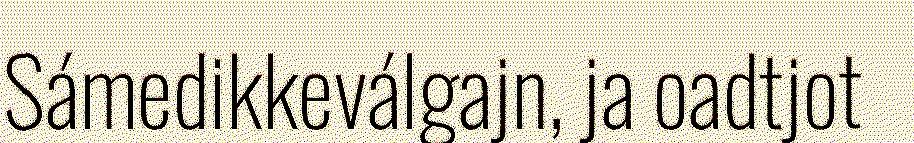
Sámedikkeválgajn, ja oadtjot